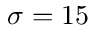
\sigma = 1 5